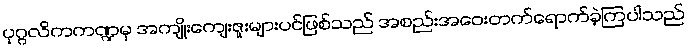
ပုဂ္ဂလိကကဏ္ဍမှ အကျိုးကျေးဇူးများပင်ဖြစ်သည် အစည်းအဝေးတက်ရောက်ခဲ့ကြပါသည်